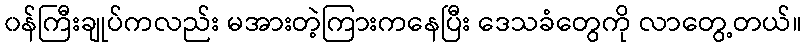
၀န်ကြီးချုပ်ကလည်း မအားတဲ့ကြားကနေပြီး ဒေသခံတွေကို လာတွေ့တယ်။